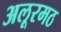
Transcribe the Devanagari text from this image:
अलूरमठ